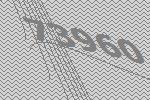
73960